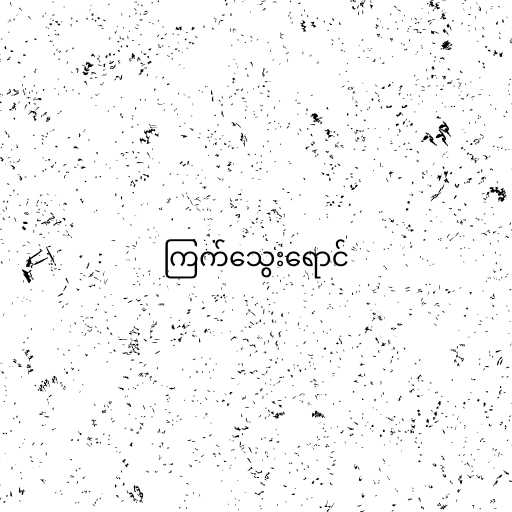
ကြက်သွေးရောင်